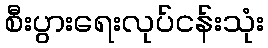
စီးပွားရေးလုပ်ငန်းသုံး